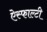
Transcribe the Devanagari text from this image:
ऐस्फाल्टी